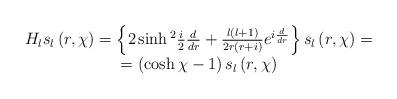
LaTeX: \begin{align*}\begin{array}{c}H_{l}s_{l}\left( r,\chi \right) =\left\{ 2\sinh {}^{2}\frac {i}{2}\frac{d}{dr}+\frac{l\left( l+1\right) }{2r\left( r+i\right) }e^{i\frac{d}{dr}}\right\} s_{l}\left( r,\chi \right) = \\=\left( \cosh \chi -1\right)s_{l}\left( r,\chi \right)\end{array}\end{align*}